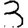
Digit: 3